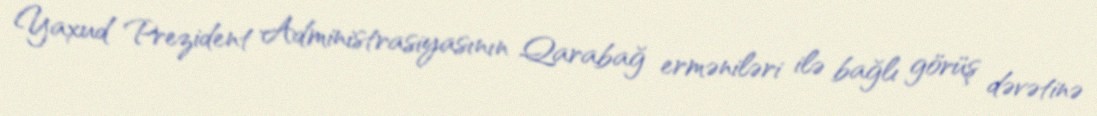
Yaxud Prezident Administrasiyasının Qarabağ erməniləri ilə bağlı görüş dəvətinə